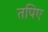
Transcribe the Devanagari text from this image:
तपिए